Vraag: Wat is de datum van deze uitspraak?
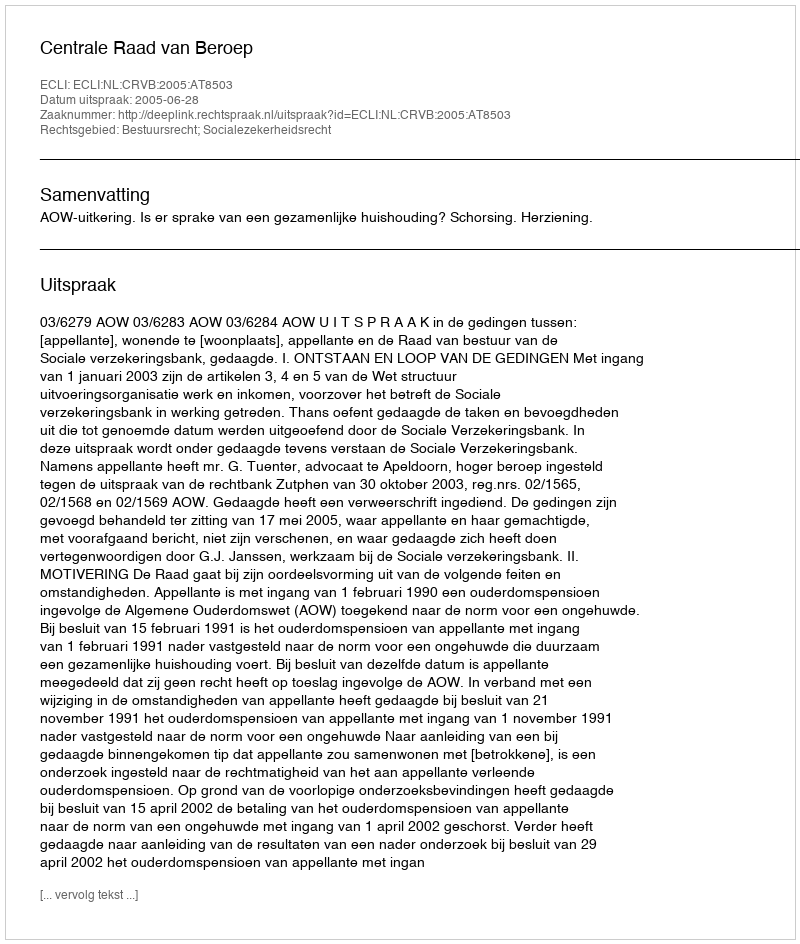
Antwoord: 2005-06-28